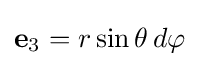
{\bf {e}}_{3}=r\sin \theta \,d\varphi